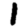
Digit: 1